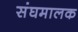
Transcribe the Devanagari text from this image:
संघमालक